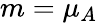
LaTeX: m=\mu_{A}